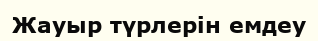
Жауыр түрлерін емдеу